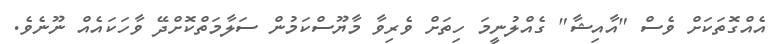
އެއްގޮތަކަށް ވެސް "އާއިޝާ" ގެއްލުނީމަ ހިތަށް ވެރިވާ މާޔޫސްކަމުން ސަލާމަތްކޮށްދޭ ވާހަކައެއް ނޫނެވެ.